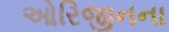
ઓરિજીનના